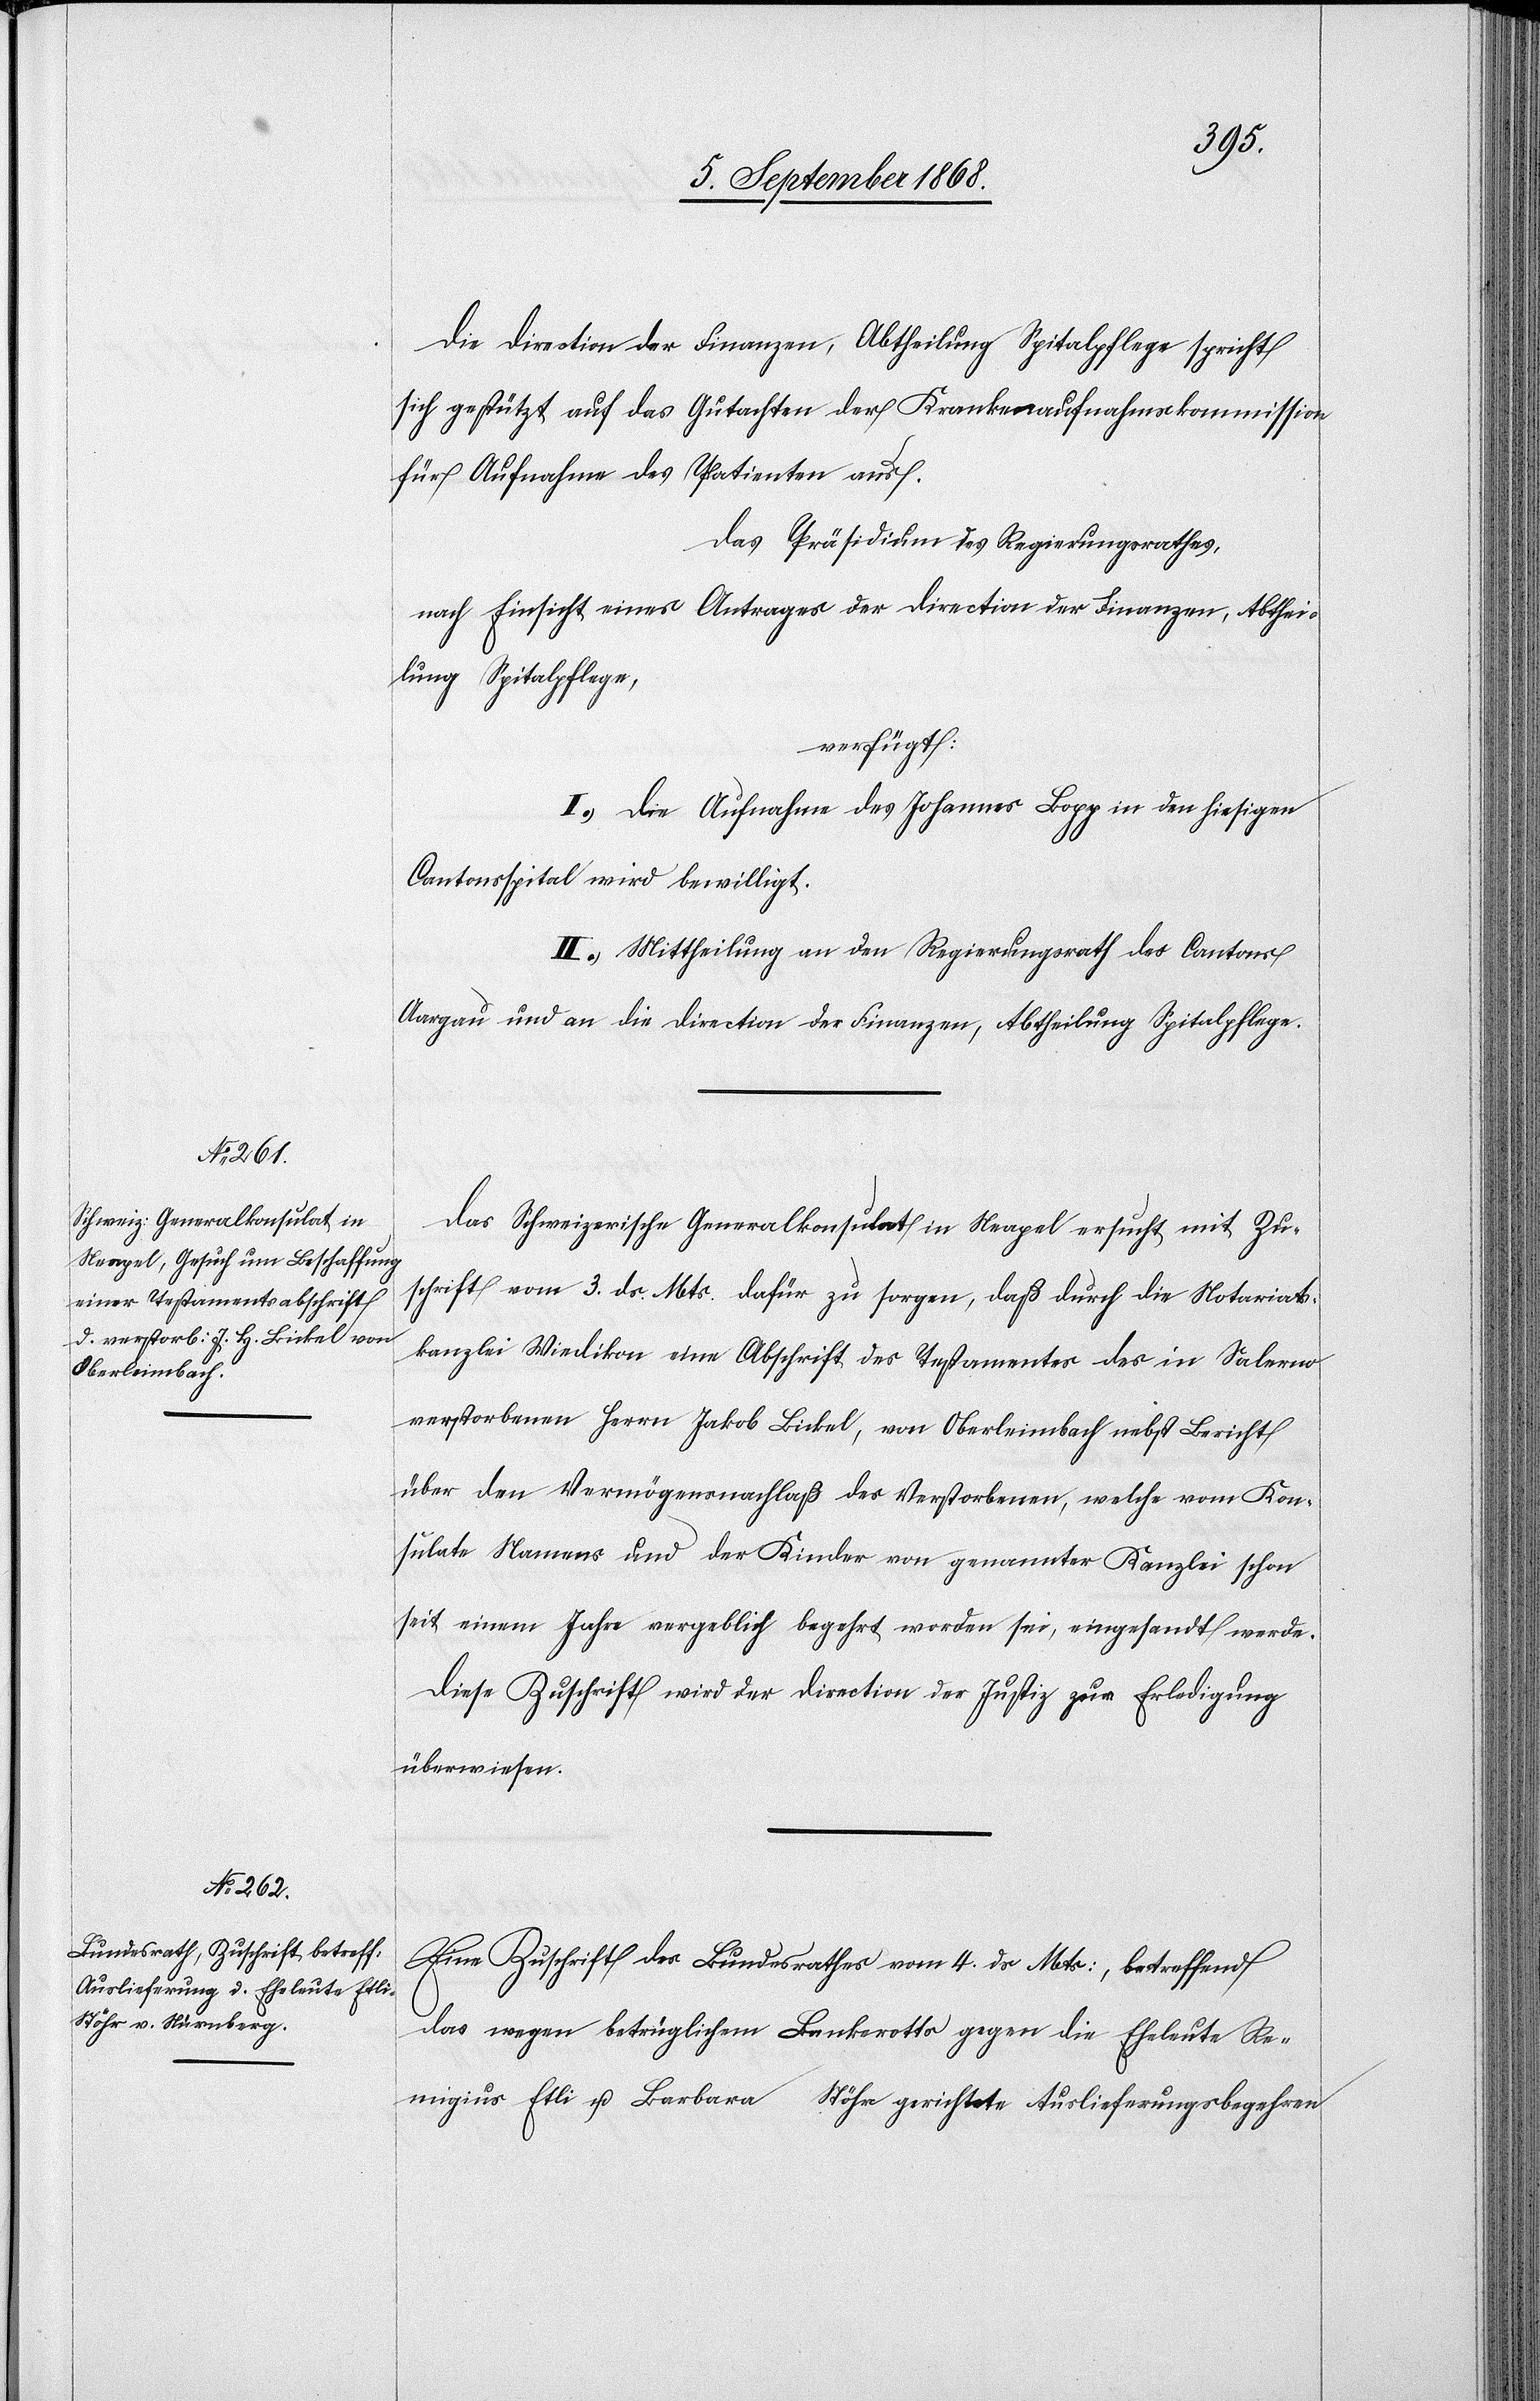
7. September 1868.]
Die Direction der Finanzen, Abtheilung Spitalpflege spricht
sich gestützt auf das Gutachten der Krankenaufnahmskommission
für Aufnahme des Patienten aus.
Das Präsidium des Regierungsrathes,
nach Einsicht eines Antrages der Direction der Finanzen, Abthei¬
lung Spitalpflege,
verfügt:
I.) Die Aufnahme des Johannes Bopp in den hiesigen
Cantonsspital wird bewilligt.
II.) Mittheilung an den Regierungsrath des Cantons
Aargau und an die Direction der Finanzen, Abtheilung Spitalpflege.
Das Schweizerische Generalkonsulat in Neapel ersucht mit Zu¬
schrift vom 3. ds. Mts. dafür zu sorgen, daß durch die Notariats¬
kanzlei Wiedikon eine Abschrift des Testamentes des in Salerno
verstorbenen Herrn Jakob Bickel, von Oberleimbach nebst Bericht
über den Vermögensnachlaß des Verstorbenen, welche vom Kon¬
sulate Namens und [sic!] der Kinder von genannter Kanzlei schon
seit einem Jahre vergeblich begehrt worden sei, eingesandt werde.
Diese Zuschrift wird der Direction der Justiz zur Erledigung
überwiesen.
Eine Zuschrift des Bundesrathes vom 4. ds. Mts:, betreffend
das wegen betrüglichem Bankerotts gegen die Eheleute Re¬
migius Etli u. Barbara … Stöhr gerichtete Auslieferungsbegehren